Insane asylums in Bengal annual reports 1876-1887 - 1876-1887
Year: 1876
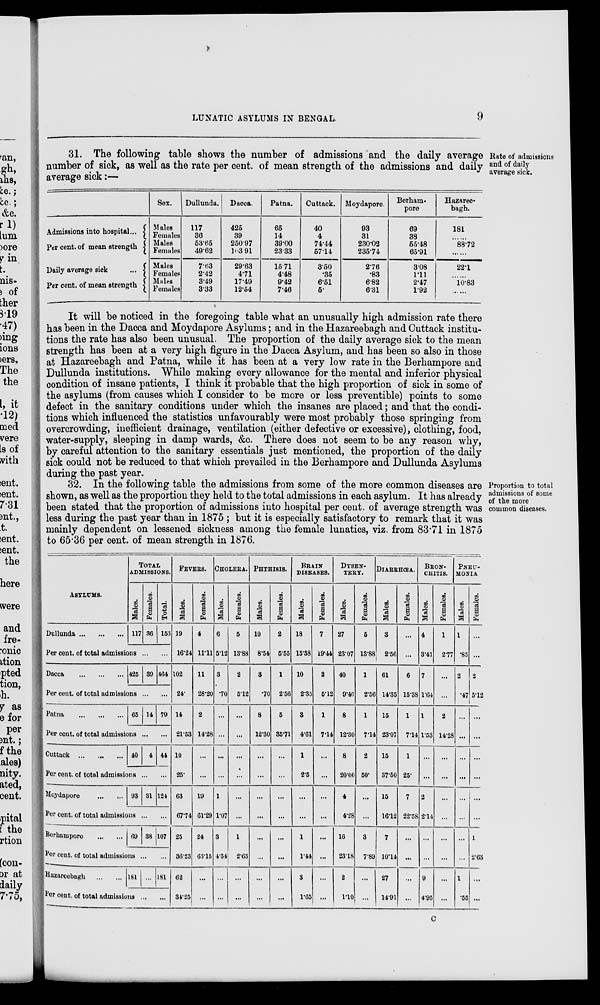
LUNATIC ASYLUMS IN BENGAL.
9
Rate of admissions
and of daily
average sick.
31. The following table shows the number of admissions and the daily average
number of sick, as well as the rate per cent. of mean strength of the admissions and daily
average sick:—
Admissions into hospital ...
Per cent. of mean strength
Daily average sick
...
Per cent. of mean strength
Sex.
Males
Females
Males
Females
Males
Females
Males
Females
Dullunda.
117
36
53.65
49.62
7.63
2.42
3.49
3.33
Dacca.
425
39
250.97
103.91
29.63
4.71
17.49
12.54
Patna.
65
14
39.00
23.33
15.71
4.48
9.42
7.46
Cuttack.
40
4
74.44
57.14
3.50
.35
6.51
5.
Moydapore.
93
31
230.02
235.74
2.76
.83
6.82
6.31
Berham-
pore
69
38
55.48
65.91
3.08
1.11
2.47
1.92
Hazaree-
bagh.
181
... ...
88.72
22.1
......
10.83
......
It will be noticed in the foregoing table what an unusually high admission rate there
has been in the Dacca and Moydapore Asylums; and in the Hazareebagh and Cuttack institu-
tions the rate has also been unusual. The proportion of the daily average sick to the mean
strength has been at a very high figure in the Dacca Asylum, and has been so also in those
at Hazareebagh and Patna, while it has been at a very low rate in the Berhampore and
Dullunda institutions. While making every allowance for the mental and inferior physical
condition of insane patients, I think it probable that the high proportion of sick in some of
the asylums (from causes which I consider to be more or less preventible) points to some
defect in the sanitary conditions under which the insanes are placed; and that the condi-
tions which influenced the statistics unfavourably were most probably those springing from
overcrowding, inefficient drainage, ventilation (either defective or excessive), clothing, food,
water-supply, sleeping in damp wards, &c. There does not seem to be any reason why,
by careful attention to the sanitary essentials just mentioned, the proportion of the daily
sick could not be reduced to that which prevailed in the Berhampore and Dullunda Asylums
during the past year.
Proportion to total
admissions of some
of the more
common diseases.
32. In the following table the admissions from some of the more common diseases are
shown, as well as the proportion they held to the total admissions in each asylum. It has already
been stated that the proportion of admissions into hospital per cent. of average strength was
less during the past year than in 1875 ; but it is especially satisfactory to remark that it was
mainly dependent on lessened sickness among the female lunatics, viz. from 83.71 in 1875
to 65.36 per cent. of mean strength in 1876.
ASYLUMS.
Dullunda ... ... ...
TOTAL
ADMISSIONS.
Males.
117
Females.
36
Total.
153
Per cent. of total admissions ... ...
Dacca
...
...
... 425 39 464
Per cent. of total ad missions ... ...
Patna
...
...
... 65 14 79
Per cent. of total admissions ... ...
Cuttack
...
...
... 40
4 44
Per cent. of total admissions ... ...
Moydapore
...
... 93 31 124
Per cent. of total admissions ... ...
Berhampore ... ...
69 38 107
Per cent. of total admissions ... ...
Hazareebagh
...
... 181 ... 181
Per cent. of total admissions ... ...
FEVERS.
Males.
19
16.24
102
24.
14
21.53
10
25.
63
67.74
25
36.23
62
34.25
Females.
4
11.11
11
28.20
2
14.28
...
...
19
61.29
24
63.15
...
...
CHOLERA
Males.
6
5.12
3
.70
...
...
...
...
1
1.07
3
4.34
...
...
Females.
5
13.88
2
5.12
...
...
...
...
...
...
1
2.63
...
...
PHTHISIS.
Males.
10
8.54
3
.70
8
12.30
...
...
...
...
...
...
...
...
Females.
2
5.55
1
2.56
5
35.71
...
...
...
...
...
...
...
...
BRAIN
DISEASES.
Males.
18
15.38
10
2.35
3
4.61
1
2.5
...
...
1
1.44
3
1.65
Females.
7
19.44
2
5.12
1
7.14
...
...
...
...
...
...
...
...
DYSEN-
----.
Males.
27
23.07
40
9.40
8
12.30
8
20.00
4
4.28
16
23.18
2
1.10
Females.
5
13.88
1
2.56
1
7.14
2
50.
...
...
3
7.89
...
...
DIARRHŒA.
Males.
3
2.56
61
14.35
15
23.07
15
37.50
15
16.12
7
10.14
27
14.91
Females.
...
...
6
15.38
1
7.14
1
25.
7
22.58
...
...
...
...
BRON-
------.
Males.
4
3.41
7
1.64
1
1.53
...
...
2
2.14
...
...
9
4.95
Females.
1
2.77
...
...
2
14.28
...
...
...
...
...
...
...
...
PNEU-
------
Males.
1
.85
2
.47
...
...
...
...
...
...
...
...
1
.55
Females.
...
...
2
5.12
...
...
...
...
...
...
1
2.63
...
...
C